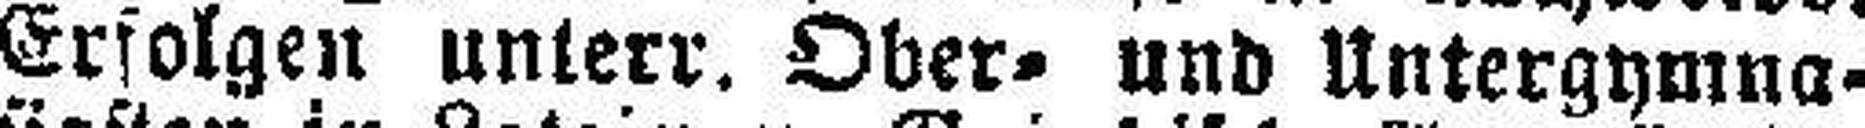
Erfolgen unterr. Ober= und Untergymna¬